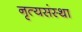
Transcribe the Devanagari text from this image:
नृत्यसंस्था